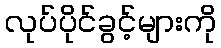
လုပ်ပိုင်ခွင့်များကို